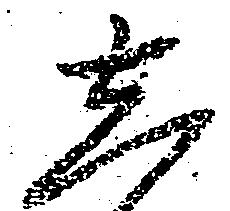
志